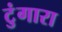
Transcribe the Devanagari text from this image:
टुंगारा